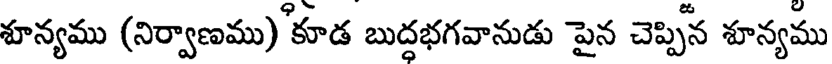
శూన్యము (నిర్వాణము) కూడ బుద్దభగవానుడు పైన చెప్పిన శూన్యము